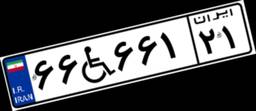
۴۵W۳۲۲۹۰